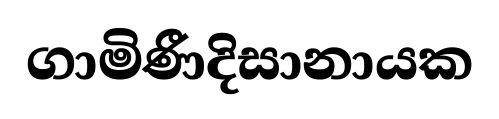
ගාමිණීදිසානායක